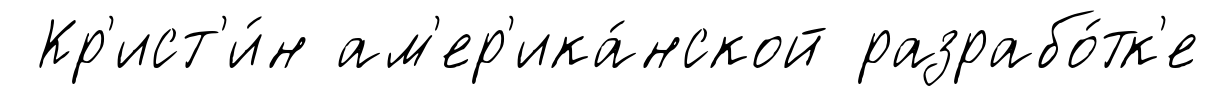
Кр'ист'и́н ам'ер'ика́нской разрабо́тк'е